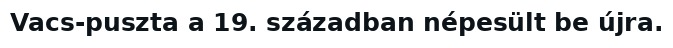
Vacs-puszta a 19. században népesült be újra.